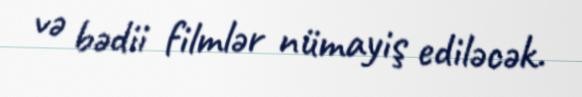
və bədii filmlər nümayiş ediləcək.